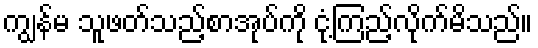
ကျွန်မ သူဖတ်သည့်စာအုပ်ကို ငုံ့ကြည့်လိုက်မိသည်။